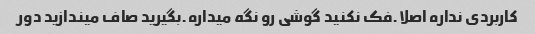
کاربردی نداره اصلا.فک نکنید گوشی رو نگه میداره.بگیرید صاف میندازید دور